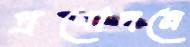
প্রণোদনে